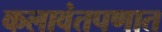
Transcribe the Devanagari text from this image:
कलावंतपणात